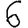
Digit: 6